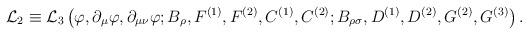
LaTeX: \begin{align*}{\cal L}_{2} \equiv{\cal L}_{3}\left( \varphi, \partial_{\mu}\varphi, \partial_{\mu\nu}\varphi; B_{\rho}, F^{(1)}, F^{(2)}, C^{(1)}, C^{(2)}; B_{\rho\sigma}, D^{(1)}, D^{(2)}, G^{(2)}, G^{(3)} \right) .\end{align*}